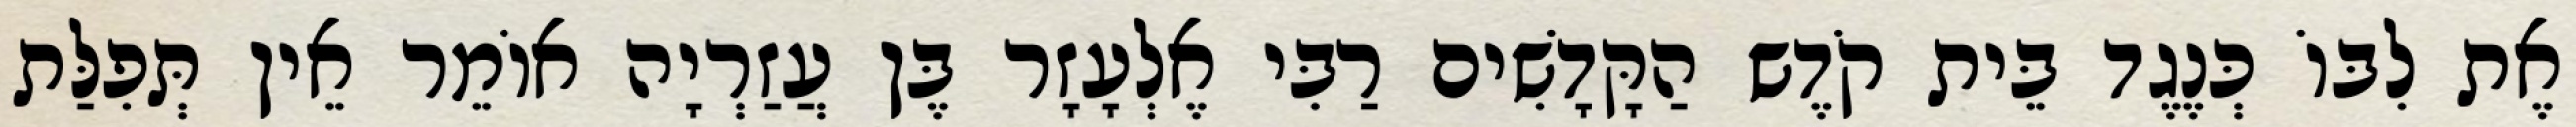
אֶת לִבּוֹ כְּנֶגֶד בֵּית קֹדֶש הַקָּדָשִׁים רַבִּי אֶלְעָזָר בֶּן עֲזַרְיָה אוֹמֵר אֵין תְּפִלַּת